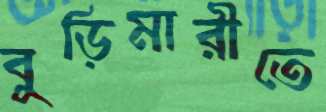
বুড়িমারীতে